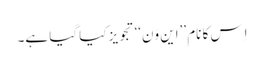
اِس کا نام ’’این وَن‘‘ تجویز کیا گیا ہے۔